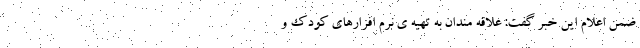
ضمن اعلام این خبر گفت: علاقه مندان به تهیه ی نرم افزارهای کودک و